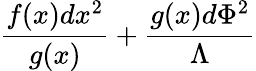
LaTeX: {\frac{f(x)dx^{2}}{g(x)}}+{\frac{g(x)d\Phi^{2}}{\Lambda}}